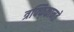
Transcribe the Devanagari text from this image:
त्रफ्फिकानते